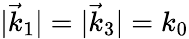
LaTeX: |\vec{k}_{1}|=|\vec{k}_{3}|=k_{0}